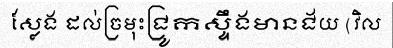
ស្លែង ដល់ច្រមុះជ្រូកស្ទឹងមានជ័យ (វិល